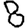
Digit: 8